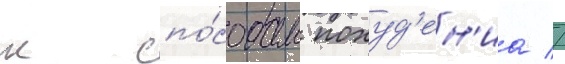
к спо́собам похуд'ен'иа //